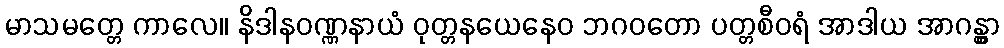
မာသမတ္တေ ကာလေ။ နိဒါနဝဏ္ဏနာယံ ဝုတ္တနယေနေဝ ဘဂဝတော ပတ္တစီဝရံ အာဒါယ အာဂန္တွာ